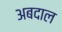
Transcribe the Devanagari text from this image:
अबदाल